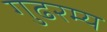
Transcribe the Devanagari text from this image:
गुढरम्य